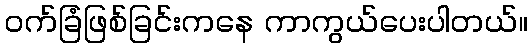
ဝက်ခြံဖြစ်ခြင်းကနေ ကာကွယ်ပေးပါတယ်။